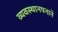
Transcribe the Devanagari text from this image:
व्यवस्थानपनाने